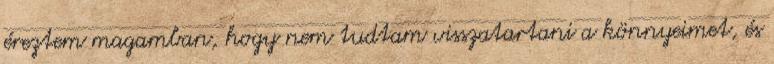
éreztem magamban, hogy nem tudtam visszatartani a könnyeimet, és